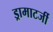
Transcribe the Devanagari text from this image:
ड्रामाटर्जी